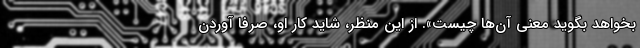
بخواهد بگوید معنی آن‌ها چیست». از این منظر، شاید کار او، صرفاً آوردن